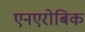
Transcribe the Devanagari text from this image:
एनएरोबिक